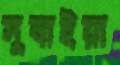
সুবাইয়া